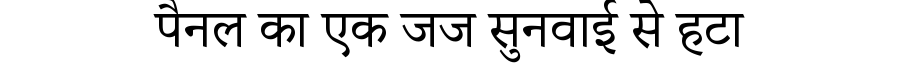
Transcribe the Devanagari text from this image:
पैनल का एक जज सुनवाई से हटा